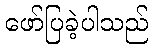
ဖော်ပြခဲ့ပါသည်